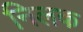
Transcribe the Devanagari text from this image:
निलक